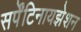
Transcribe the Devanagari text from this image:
सर्पेंटिनायझेशन